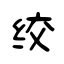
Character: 绞